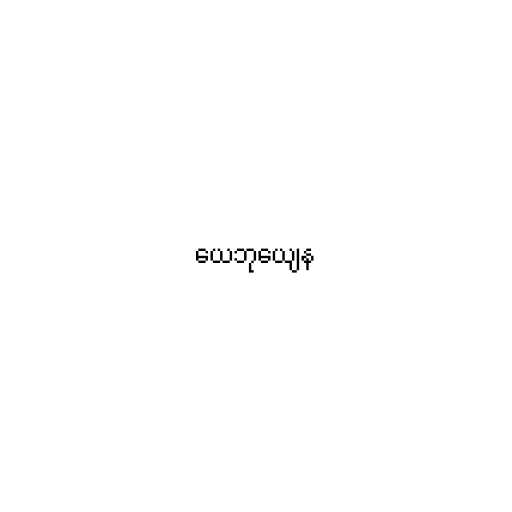
ယေဘုယျေန